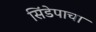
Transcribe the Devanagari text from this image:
सिंडेपाचा